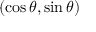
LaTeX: ( \cos \theta , \sin \theta )